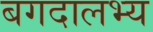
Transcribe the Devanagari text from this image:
बगदालभ्य